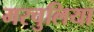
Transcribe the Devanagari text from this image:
मरचुलिया